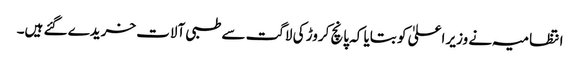
انتظامیہ نے وزیر اعلیٰ کو بتایا کہ پانچ کروڑ کی لاگت سے طبی آلات خریدے گئے ہیں۔